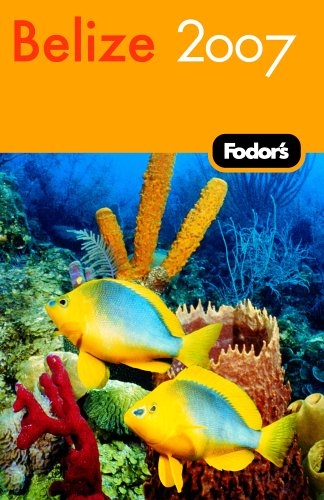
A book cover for Fodor's Belize 2007 (Fodor's Gold Guides); Fodor's; Travel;